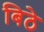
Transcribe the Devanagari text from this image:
बिठे